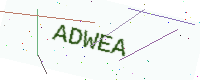
Text: ADWEA